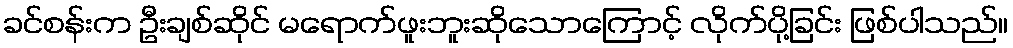
ခင်စန်းက ဦးချစ်ဆိုင် မရောက်ဖူးဘူးဆိုသောကြောင့် လိုက်ပို့ခြင်း ဖြစ်ပါသည်။